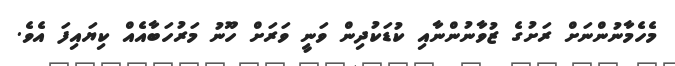
މެހެމާނުންނަށް ރަށުގެ ޒުވާނުންނާއި ކުޑަކުދިން ވަނީ ވަރަށް ހޫނު މަރުހަބާއެއް ކިޔައިފަ އެވެ.